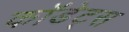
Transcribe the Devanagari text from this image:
कॉडेट्स